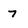
Character: 7